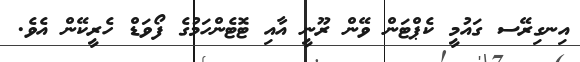
އިނގިރޭސ ގައުމީ ކެޕްޓަން ވޭން ރޫނީ އާއި ޓޮޓެންހަމުގެ ފޯވަޑް ހެރީކޭން އެވެ.